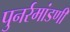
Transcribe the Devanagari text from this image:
पुनर्रमांडणी